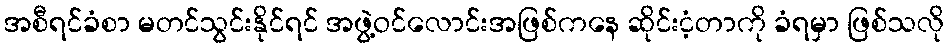
အစီရင်ခံစာ မတင်သွင်းနိုင်ရင် အဖွဲ့ဝင်လောင်းအဖြစ်ကနေ ဆိုင်းငံ့တာကို ခံရမှာ ဖြစ်သလို